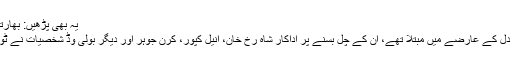
یہ بھی پڑھیں: بھارتی اداکار امرت پل چل بسے
کندن شاہ کئی عرصے سے دل کے عارضے میں مبتلا تھے، ان کے چل بسنے پر اداکار شاہ رخ خان، انیل کپور، کرن جوہر اور دیگر بولی وڈ شخصیات نے ٹوئٹر پر افسوس کا اظہار کیا۔